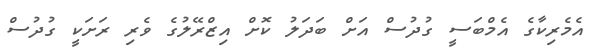
އެމެރިކާގެ އެމްބަސީ ގުދުސް އަށް ބަދަލު ކޮށް އިޒްރޭލުގެ ވެރި ރަށަކީ ގުދުސް